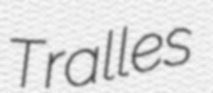
Tralles